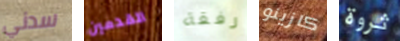
سدني القدمين رفقة كازينو ثروة